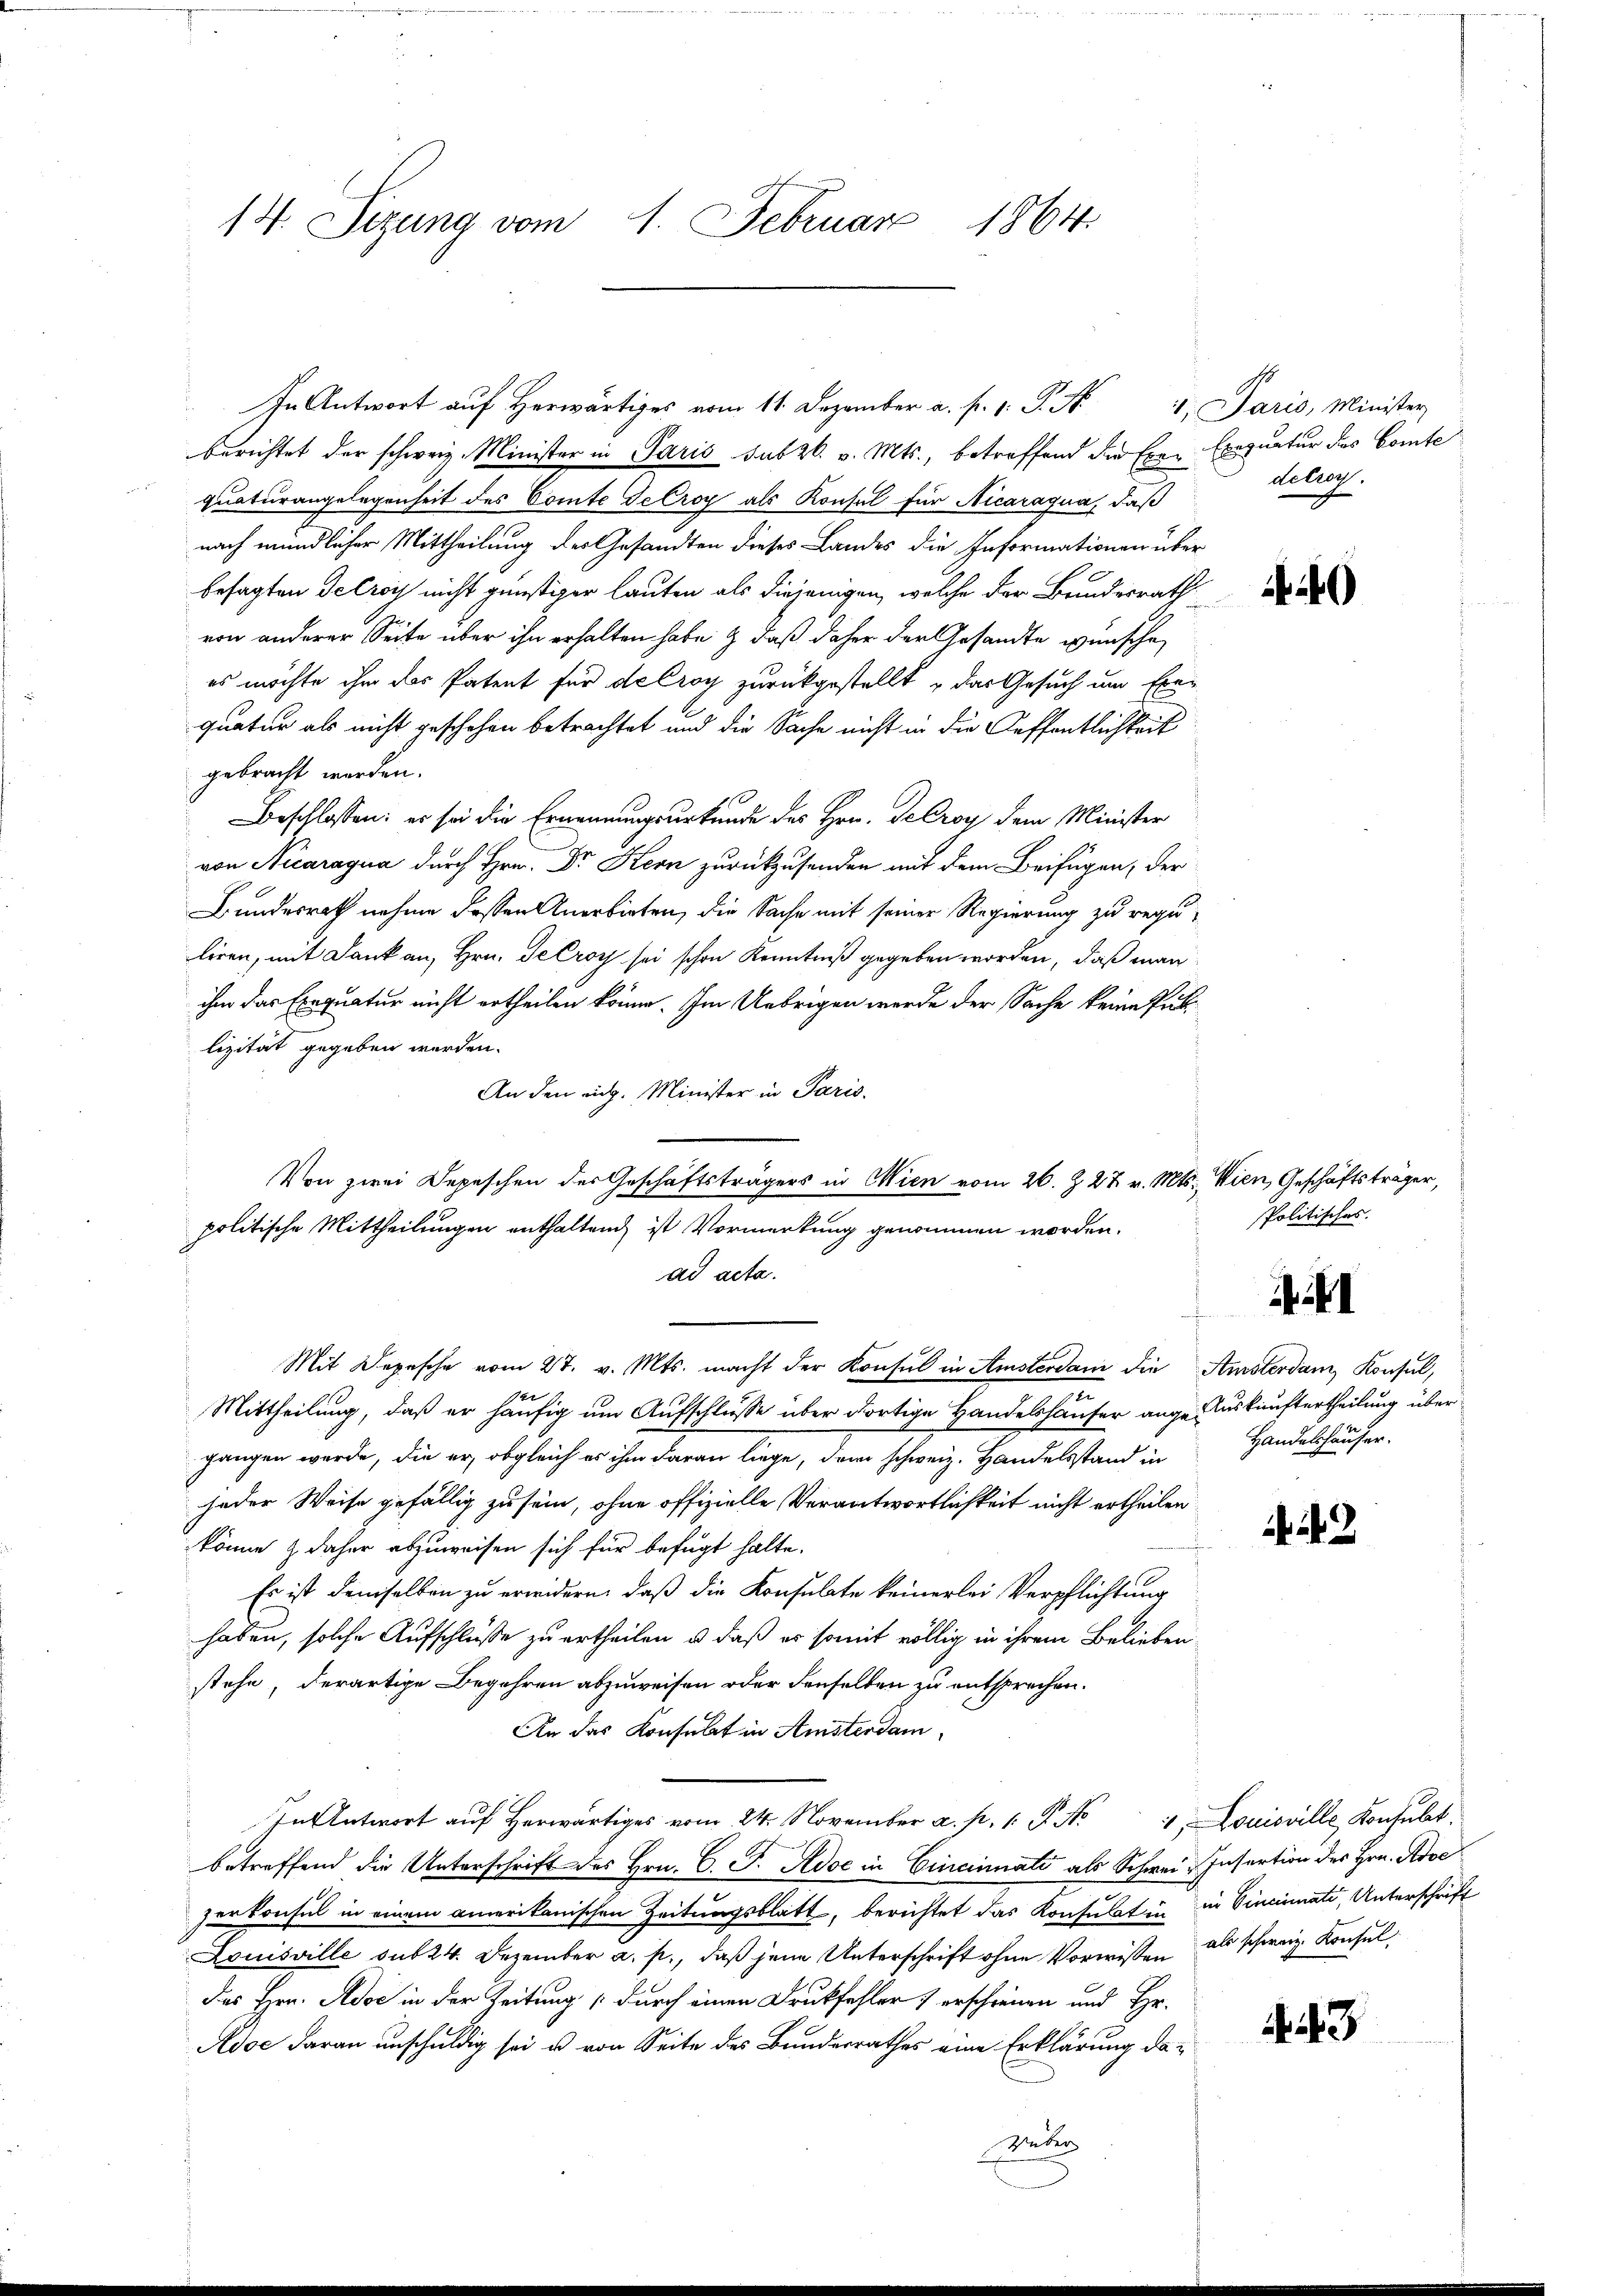
14. Sizung vom 1. Februar 1864.

In Antwort auf Herwärtiges vom 11. Dezember a. f. 1. P. N
berichtet der schweiz. Minister in Paris sub 26. v. Mts., betreffend die Eine Exequatur das Comte
quaturangelegenheit des Comte Seeroy als Konsul für Nicaragua, daß
nach mündlicher Mittheilung des Gesandten dieses Landes die Informationen über
besagten Delroy nicht günstiger lauten als diejenigen, welche der Brindesrath
von anderer Seite über ihn erhalten habe & daß daher der Gesandte wünsche,
es möchte ihm das Patent für de Croy zurückgestellt & das Gesuch um Exe-
quatur als nicht geschehen betrachtet und die Sache nicht in die Oeffentlichkeit
gebracht werden.
Beschlossen: es sei die Ernennungsurkunde des Hrn. Decroy dem Minister
von Nicaragua durch Hrn. Dr Kern zurückzusenden mit dem Beifügen, der
Bundesrath nehme dessen Anerbieten, die Sache mit seiner Regierung zu reguliren, mit Dank an, Hrn. Je Croy sei schon Kenntniß gegeben worden, daß man
ihm das Exequatur nicht ertheilen könne. Im Uebrigen werde der Sache keine Publizität gegeben werden.
An den eidg. Minister in Paris.
ad acta.
Mit Depesche vom 27. v. Mts. macht der Konsul in Amsterdam die Amsterdam Konsul,
14
n
Mittheilung, daß er häufig um Aufschlusse über dortige Handelshäuser ange Auskunftertheilung übergangen werde, die er, obgleich es ihm daran liege, dem schweiz. Handelsstand in Handelshäuser-
jeder Weise gefällig zu sein, ohne offizielle Verantwortlichkeit nicht ertheilen.
f
könne & daher abzuweisen sich für befugt halte.
Es ist demselben zu erwidern, daß die Konsulate keinerlei Verpflichtung
haben, solche Aufschluße zu ertheilen, u. daß er somit völlig in ihrem Beliebenstehe, derartige Begehren abzuweisen oder denselben zu entsprechen.
An das Konsulat in Amstendam¬
Antwort auf Herr vom 24. November a. p. 1. P. Nr. 1 Louisville Konsult
betreffend die Unterschrift des Hrn. C. J. Adoe in Cincinnate als Schwei- Insertion des Hrn. Adoe
zerkonsul in einem amerikanischen Zeitungsblatt, berichtet das Konsulatin in Vincinate, Unterschrift
Louisville sub 24. Dezember a. p., daβ jene Unterschrift ohne Vorwissen als schweiz. Konsul¬
Das Hrn. Adoc in der Zeitung durch einen Druckfehler) erschienen und Hr.
Adoc daran unschuldig sei u. von Seite des Bundesrathes eine Erklärung da-
Veter

politische Mittheilungen enthaltend ist Vormerkung genommen worden.

Von zwei Depeschen des Geschäftsträgers in Wien vom 26. Z. 27. v. Mts. Wien, Geschäftsträger,

1. Paris, Minister
delroy.

)

Politisches.

I

3